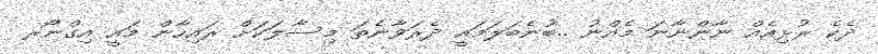
ދެކެ ރުޅިއެއް ނާންނާނަ މެއްނު ..ބުނެބަލަމައީ ދެރަވާނެތަ މިސާލަކަށް ރައިހާން މައީ އިގްނޯރ